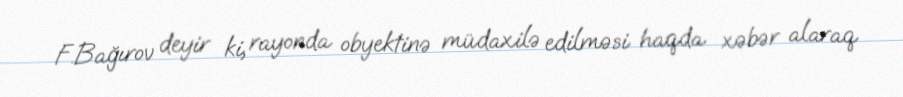
F.Bağırov deyir ki, rayonda obyektinə müdaxilə edilməsi haqda xəbər alaraq